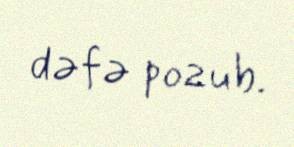
dəfə pozub.